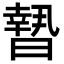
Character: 𣊮